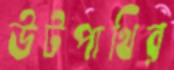
উটপাখির